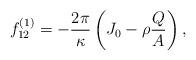
LaTeX: \begin{align*}f_{12}^{\left(1\right)} =-\frac{2\pi}{\kappa}\left( J_{0} - \rho \frac{Q}{A}\right),\end{align*}